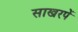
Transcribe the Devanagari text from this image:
साखरपें